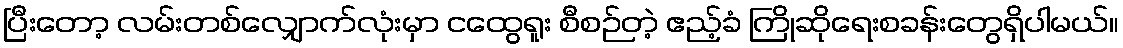
ပြီးတော့ လမ်းတစ်လျှောက်လုံးမှာ ငထွေရူး စီစဉ်တဲ့ ဧည့်ခံ ကြိုဆိုရေးစခန်းတွေရှိပါမယ်။